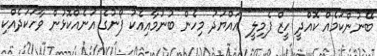
ބޭނުންކަމެއް ކޮއްދީ ހީޒް ފެމިލީ" އައްޔަދު މިހެން ބުނުމާއިއެކު ފޯނުގެ އަނެއްކޮޅުން ވާހަކަދެއްކި